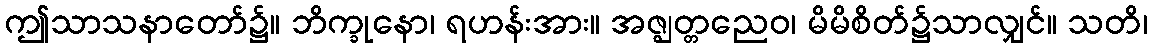
ဤသာသနာတော်၌။ ဘိက္ခုနော၊ ရဟန်းအား။ အဇ္ဈတ္တညေဝ၊ မိမိစိတ်၌သာလျှင်။ သတိ၊